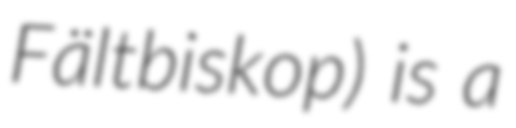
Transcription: Fältbiskop) is a